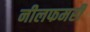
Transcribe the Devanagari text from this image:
नीलफमरी